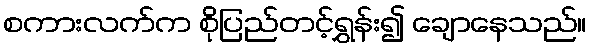
စကားလက်က စိုပြည်တင့်ရွှန်း၍ ချောနေသည်။